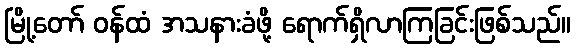
မြို့တော် ဝန်ထံ အသနားခံဖို့ ရောက်ရှိလာကြခြင်းဖြစ်သည်။